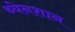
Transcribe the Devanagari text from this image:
थ्येनशान